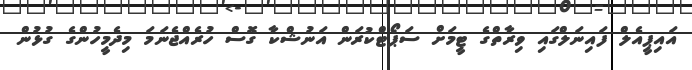
އައިޕީއެލް ފައިނަލްގައި ވިރާތްގެ ޓީމަށް ސަޕޯޓްކުރަން އަނުޝްކާ ގޮސް ހުރެއްޖެނަމަ މިދެމީހުންގެ ގުޅުން